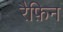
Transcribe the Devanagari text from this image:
रैफ़िन